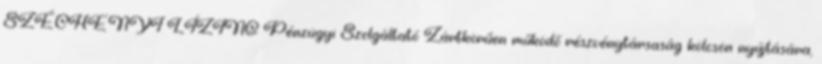
SZÉCHENYI LÍZING Pénzügyi Szolgáltató Zártkörűen működő részvénytársaság kölcsön nyújtására,